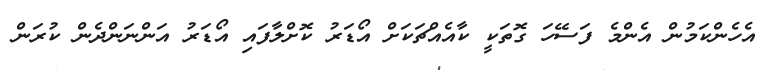
އެހެންކަމުން އެންމެ ފަސޭހަ ގޮތަކީ ކާއެއްޗަކަށް އޯޑަރު ކޮށްލާފައި އޯޑަރު އަންނަންދެން ކުރަން